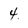
Character: 4